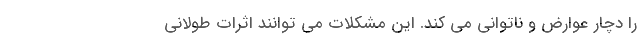
را دچار عوارض و ناتوانی می کند. این مشکلات می توانند اثرات طولانی